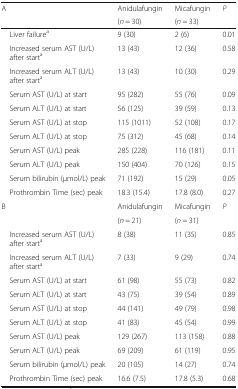
<table><thead><tr><td rowspan="2"><b>A</b></td><td><b>Anidulafungin</b></td><td><b>Micafungin</b></td><td rowspan="2"><b><i>P</i></b></td></tr><tr><td><b>(<i>n</i> = 30)</b></td><td><b>(<i>n</i> = 33)</b></td></tr></thead><tbody><tr><td> Liver failure<sup>a</sup></td><td>9 (30)</td><td>2 (6)</td><td>0.01</td></tr><tr><td> Increased serum AST (U/L) after start<sup>a</sup></td><td>13 (43)</td><td>12 (36)</td><td>0.58</td></tr><tr><td> Increased serum ALT (U/L) after start<sup>a</sup></td><td>13 (43)</td><td>10 (30)</td><td>0.29</td></tr><tr><td> Serum AST (U/L) at start</td><td>95 (282)</td><td>55 (76)</td><td>0.09</td></tr><tr><td> Serum ALT (U/L) at start</td><td>56 (125)</td><td>39 (59)</td><td>0.13</td></tr><tr><td> Serum AST (U/L) at stop</td><td>115 (1011)</td><td>52 (108)</td><td>0.17</td></tr><tr><td> Serum ALT (U/L) at stop</td><td>75 (312)</td><td>45 (68)</td><td>0.14</td></tr><tr><td> Serum AST (U/L) peak</td><td>285 (228)</td><td>116 (181)</td><td>0.11</td></tr><tr><td> Serum ALT (U/L) peak</td><td>150 (404)</td><td>70 (126)</td><td>0.15</td></tr><tr><td> Serum bilirubin (μmol/L) peak</td><td>71 (192)</td><td>15 (29)</td><td>0.05</td></tr><tr><td> Prothrombin Time (sec) peak</td><td>18.3 (15.4)</td><td>17.8 (8.0)</td><td>0.27</td></tr><tr><td rowspan="2">B</td><td>Anidulafungin</td><td>Micafungin</td><td rowspan="2"><i>P</i></td></tr><tr><td>(<i>n</i> = 21)</td><td>(<i>n</i> = 31)</td></tr><tr><td> Increased serum AST (U/L) after start<sup>a</sup></td><td>8 (38)</td><td>11 (35)</td><td>0.85</td></tr><tr><td> Increased serum ALT (U/L) after start<sup>a</sup></td><td>7 (33)</td><td>9 (29)</td><td>0.74</td></tr><tr><td> Serum AST (U/L) at start</td><td>61 (98)</td><td>55 (73)</td><td>0.82</td></tr><tr><td> Serum ALT (U/L) at start</td><td>43 (75)</td><td>39 (54)</td><td>0.89</td></tr><tr><td> Serum AST (U/L) at stop</td><td>44 (141)</td><td>49 (79)</td><td>0.98</td></tr><tr><td> Serum ALT (U/L) at stop</td><td>41 (83)</td><td>45 (54)</td><td>0.99</td></tr><tr><td> Serum AST (U/L) peak</td><td>129 (267)</td><td>113 (158)</td><td>0.88</td></tr><tr><td> Serum ALT (U/L) peak</td><td>69 (209)</td><td>61 (119)</td><td>0.95</td></tr><tr><td> Serum bilirubin (μmol/L) peak</td><td>20 (105)</td><td>14 (27)</td><td>0.74</td></tr><tr><td> Prothrombin Time (sec) peak</td><td>16.6 (7.5)</td><td>17.8 (5.3)</td><td>0.68</td></tr></tbody></table>